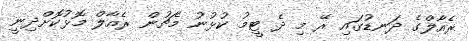
ރެއާލްގެ ދަނޑުގައި ރޭ މި ދެ ޓީމު ކުޅުނު މެޗުން ރެއާލް މޮޅުކޮށްދިނީ